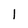
Character: 1